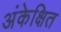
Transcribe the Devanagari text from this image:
अंकेक्षित